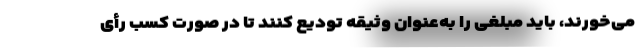
می‌خورند، باید مبلغی را به‌عنوان وثیقه تودیع کنند تا در صورت کسب رأی